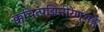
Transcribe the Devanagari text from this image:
क्कचित्पद्मिनीरेणुभङ्गे